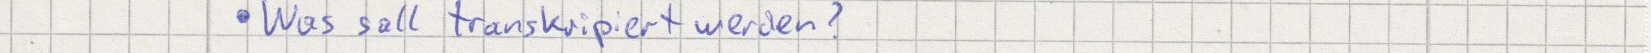
Was soll transkripiert werden?